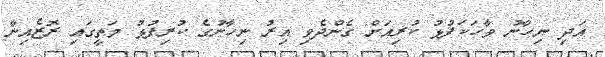
އަދި ނިހާނު ވާހަކަފުޅު ކުރިއަށް ގެންދެވި އިރު ނިހާނުގެ ކުރިފުޅު މަތީގައި ރޮޒެއިނާ